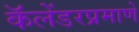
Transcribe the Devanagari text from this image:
कॅलेंडरप्रमाणे